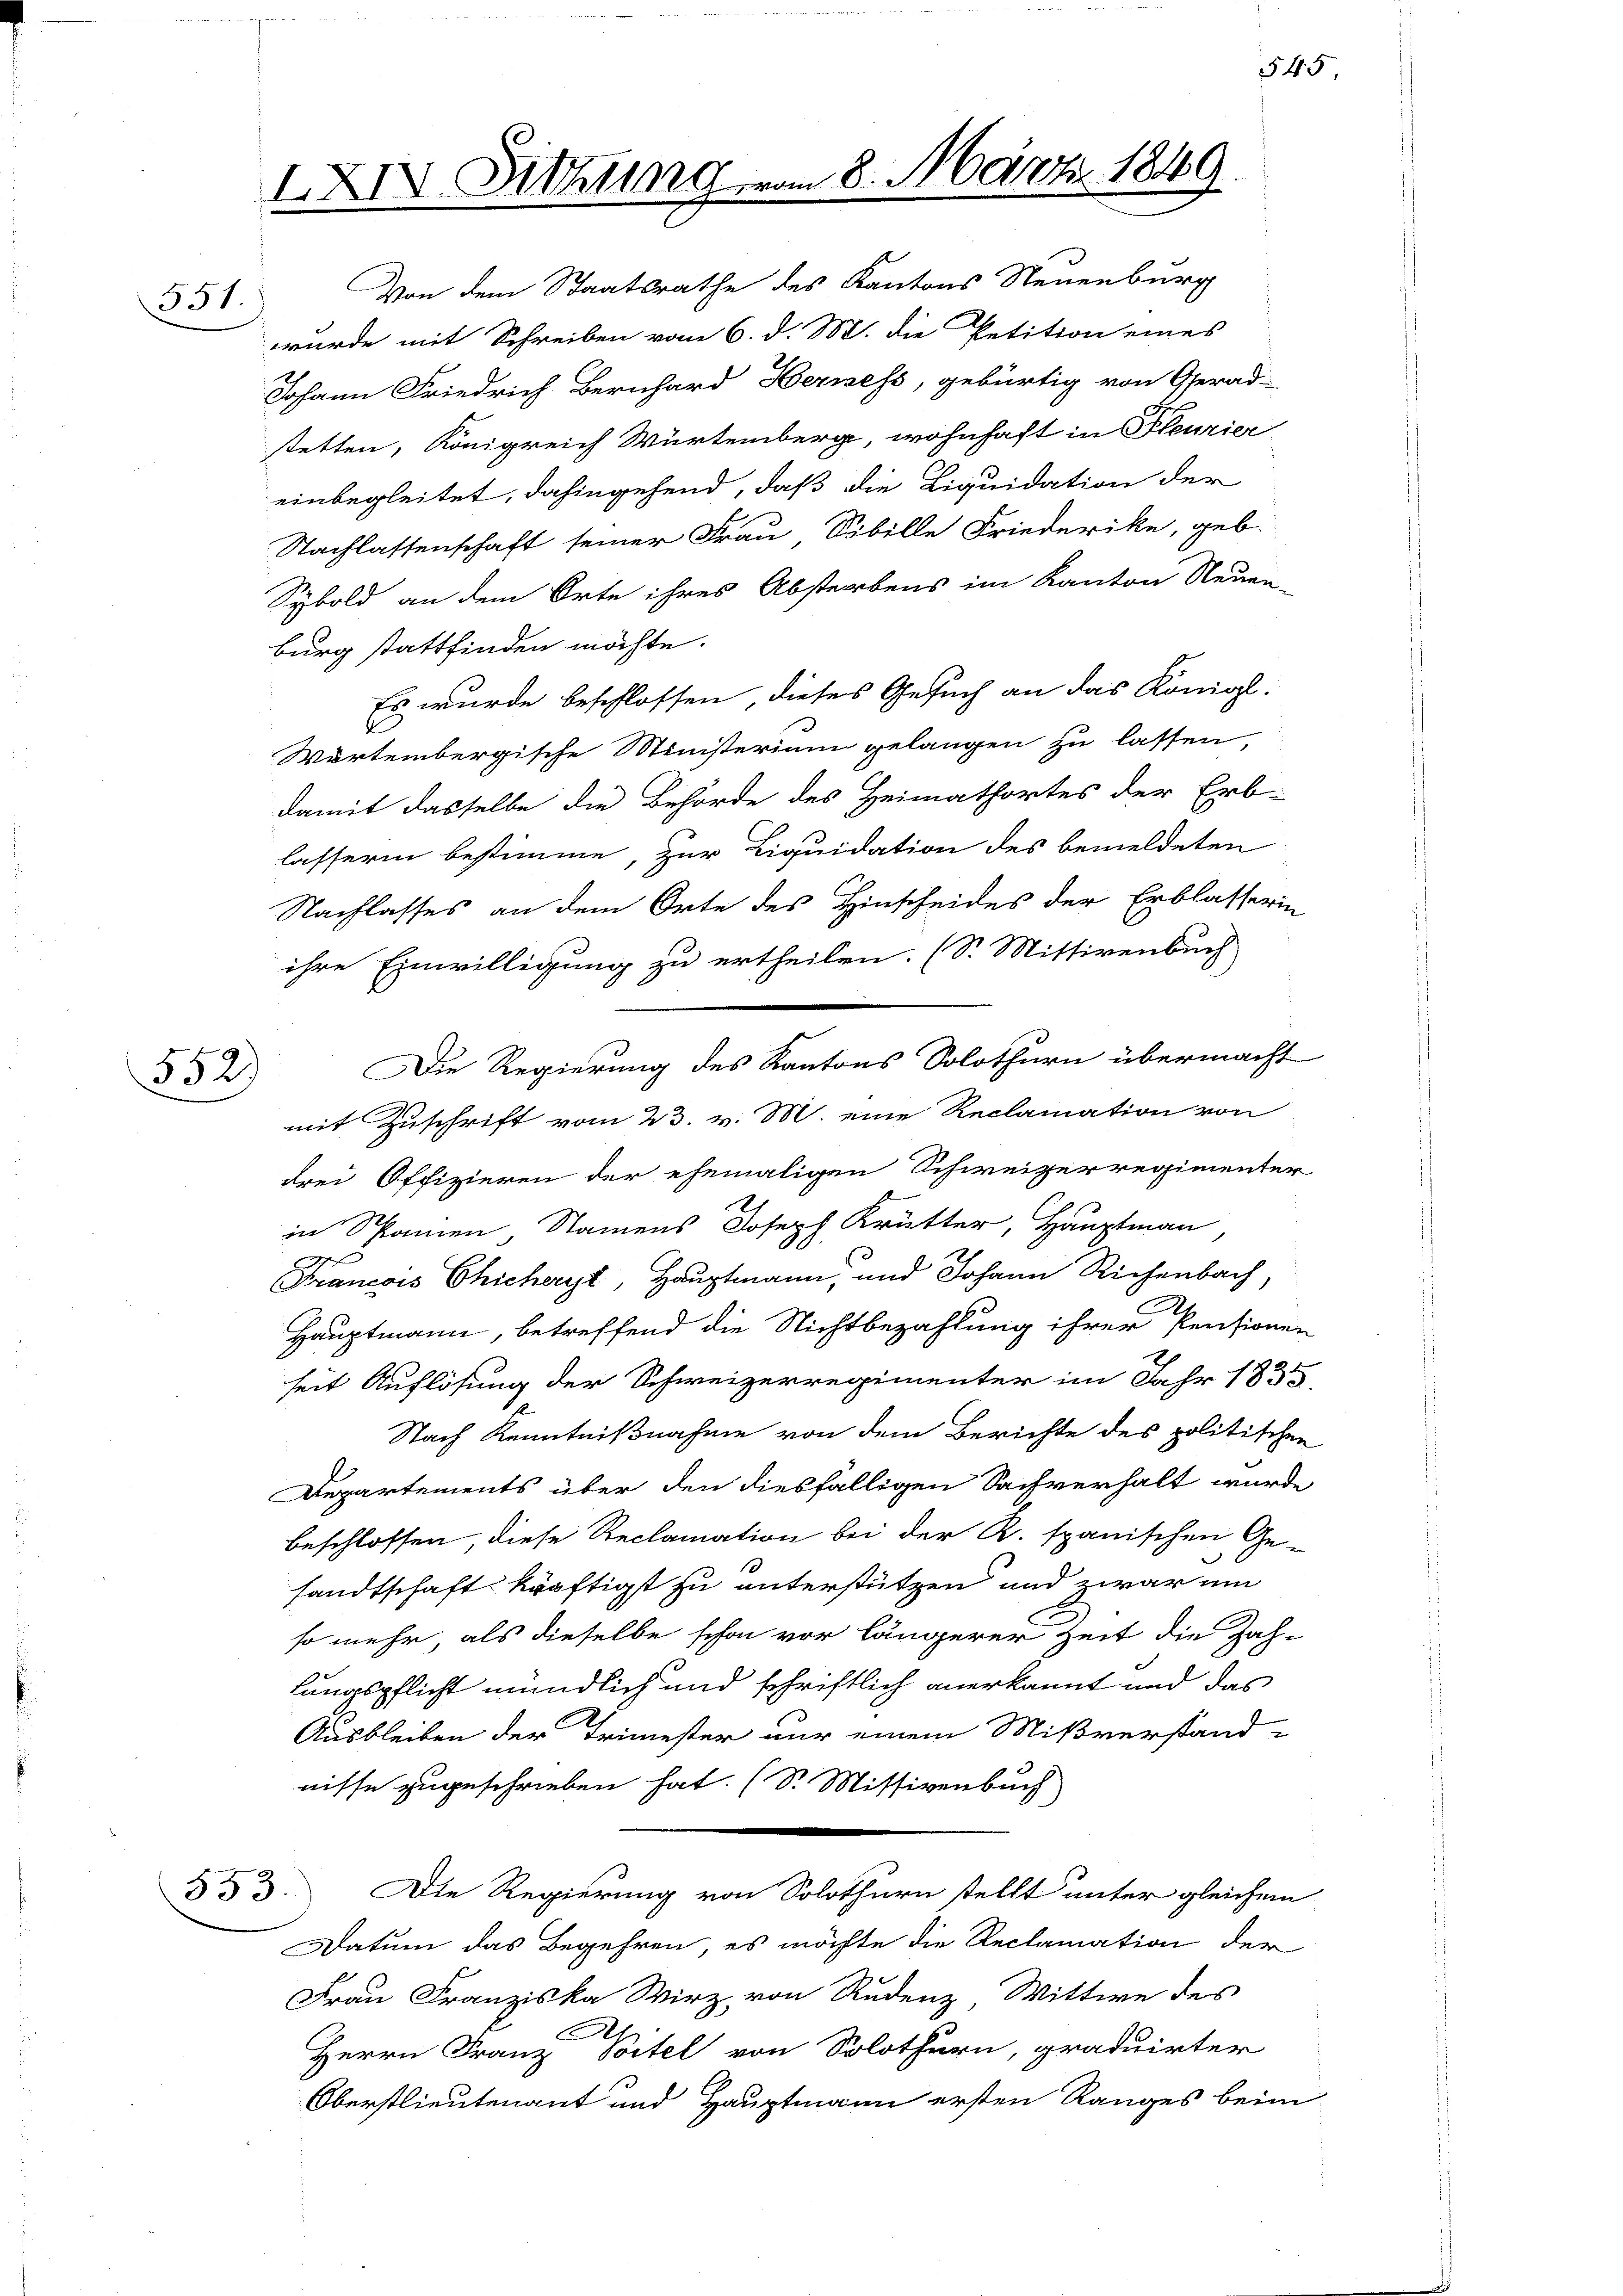
551.

352)

IXIV. Sitzung.

Von dem Staatsrathe des Kantons Neuenburg
wurde mit Schreiben vom 6. d. M. die Petition eines
Johann Friedrich Bernhard Hermess, gebürtig von Gerad-
stetten, Königreich Würtemberg, wohnhaft in Pleurier
einbegleitet, dahingehend, daß die Liquidation der
Nachlassenschaft seiner Frau Sibille Friederike, geb.
Sybold an dem Orte ihres Absterbens im Kanton Neuen-
burg stattfinden möchte.
Es wurde beschlossen dieses Gesuch an das Königl.
d
Wartembergische Ministerium gelangen zu lassen,
damit dasselbe die Behörde des Heimathortes der Erb-
lasserin bestimme, zur Liquidation des bemeldeten
Nachlasses an dem Orte des Hinscheides der Erblasserin
ihre Einwilligung zu ertheilen. (S. Mittirenbuch
mit Zuschrift vom 23. v. M. eine Reclamation von
drei Offizieren der ehemaligen Schweizerregimenter
in Spanien, Namens Joseph Krütter, Hauptmann
x
Francois Chicheryt, Hauptmann, und Johann Richenbach,
Hauptmann, betreffend die Nichtbezahlung ihrer Pensionen
seit Auflösung der Schweizerregimenter im Jahr 1835.
Nach Kenntnißnahme von dem Berichte des politischen
Departements über den diesfälligen Sachverhalt wurde
beschlossen, diese Reclamation bei der R. spanischen Ge-
sandtschaft kräftigst zu unterstützen und zwar um
so mehr, als dieselbe schon vor längerer Zeit die Zah-
fungspflicht mündlich und schriftlich anerkannt und das
Ausbleiben der Trimester nur einem Mißverstand-
nisse zugeschrieben hat. (S. Missivenbuch
553.
Die Regierung von Solothurn stellt unter gleichem
Datum das Begehren, es möchte die Reclamation der
Frau Franziska Wirz, von Rudenz Wittwe des
Herrn Franz Poitel von Solothurn, graduirter
Oberstlieutenant und Hauptmann ersten Ranges beim

Die Regierung des Kantons Solothurn übermacht

8. März 1849.

545